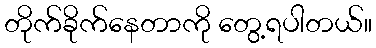
တိုက်ခိုက်နေတာကို တွေ့ရပါတယ်။